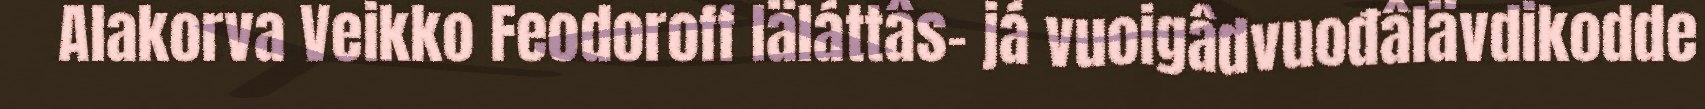
Alakorva Veikko Feodoroff Iäláttâs- já vuoigâdvuođâlävdikodde